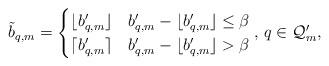
LaTeX: \begin{align*}\tilde{b}_{q,m}=\begin{cases}\lfloor b'_{q,m}\rfloor&b'_{q,m}-\lfloor b'_{q,m}\rfloor\leq\beta\\\lceil b'_{q,m}\rceil&b'_{q,m}-\lfloor b'_{q,m}\rfloor>\beta\end{cases},\,q\in\mathcal{Q}'_m,\end{align*}